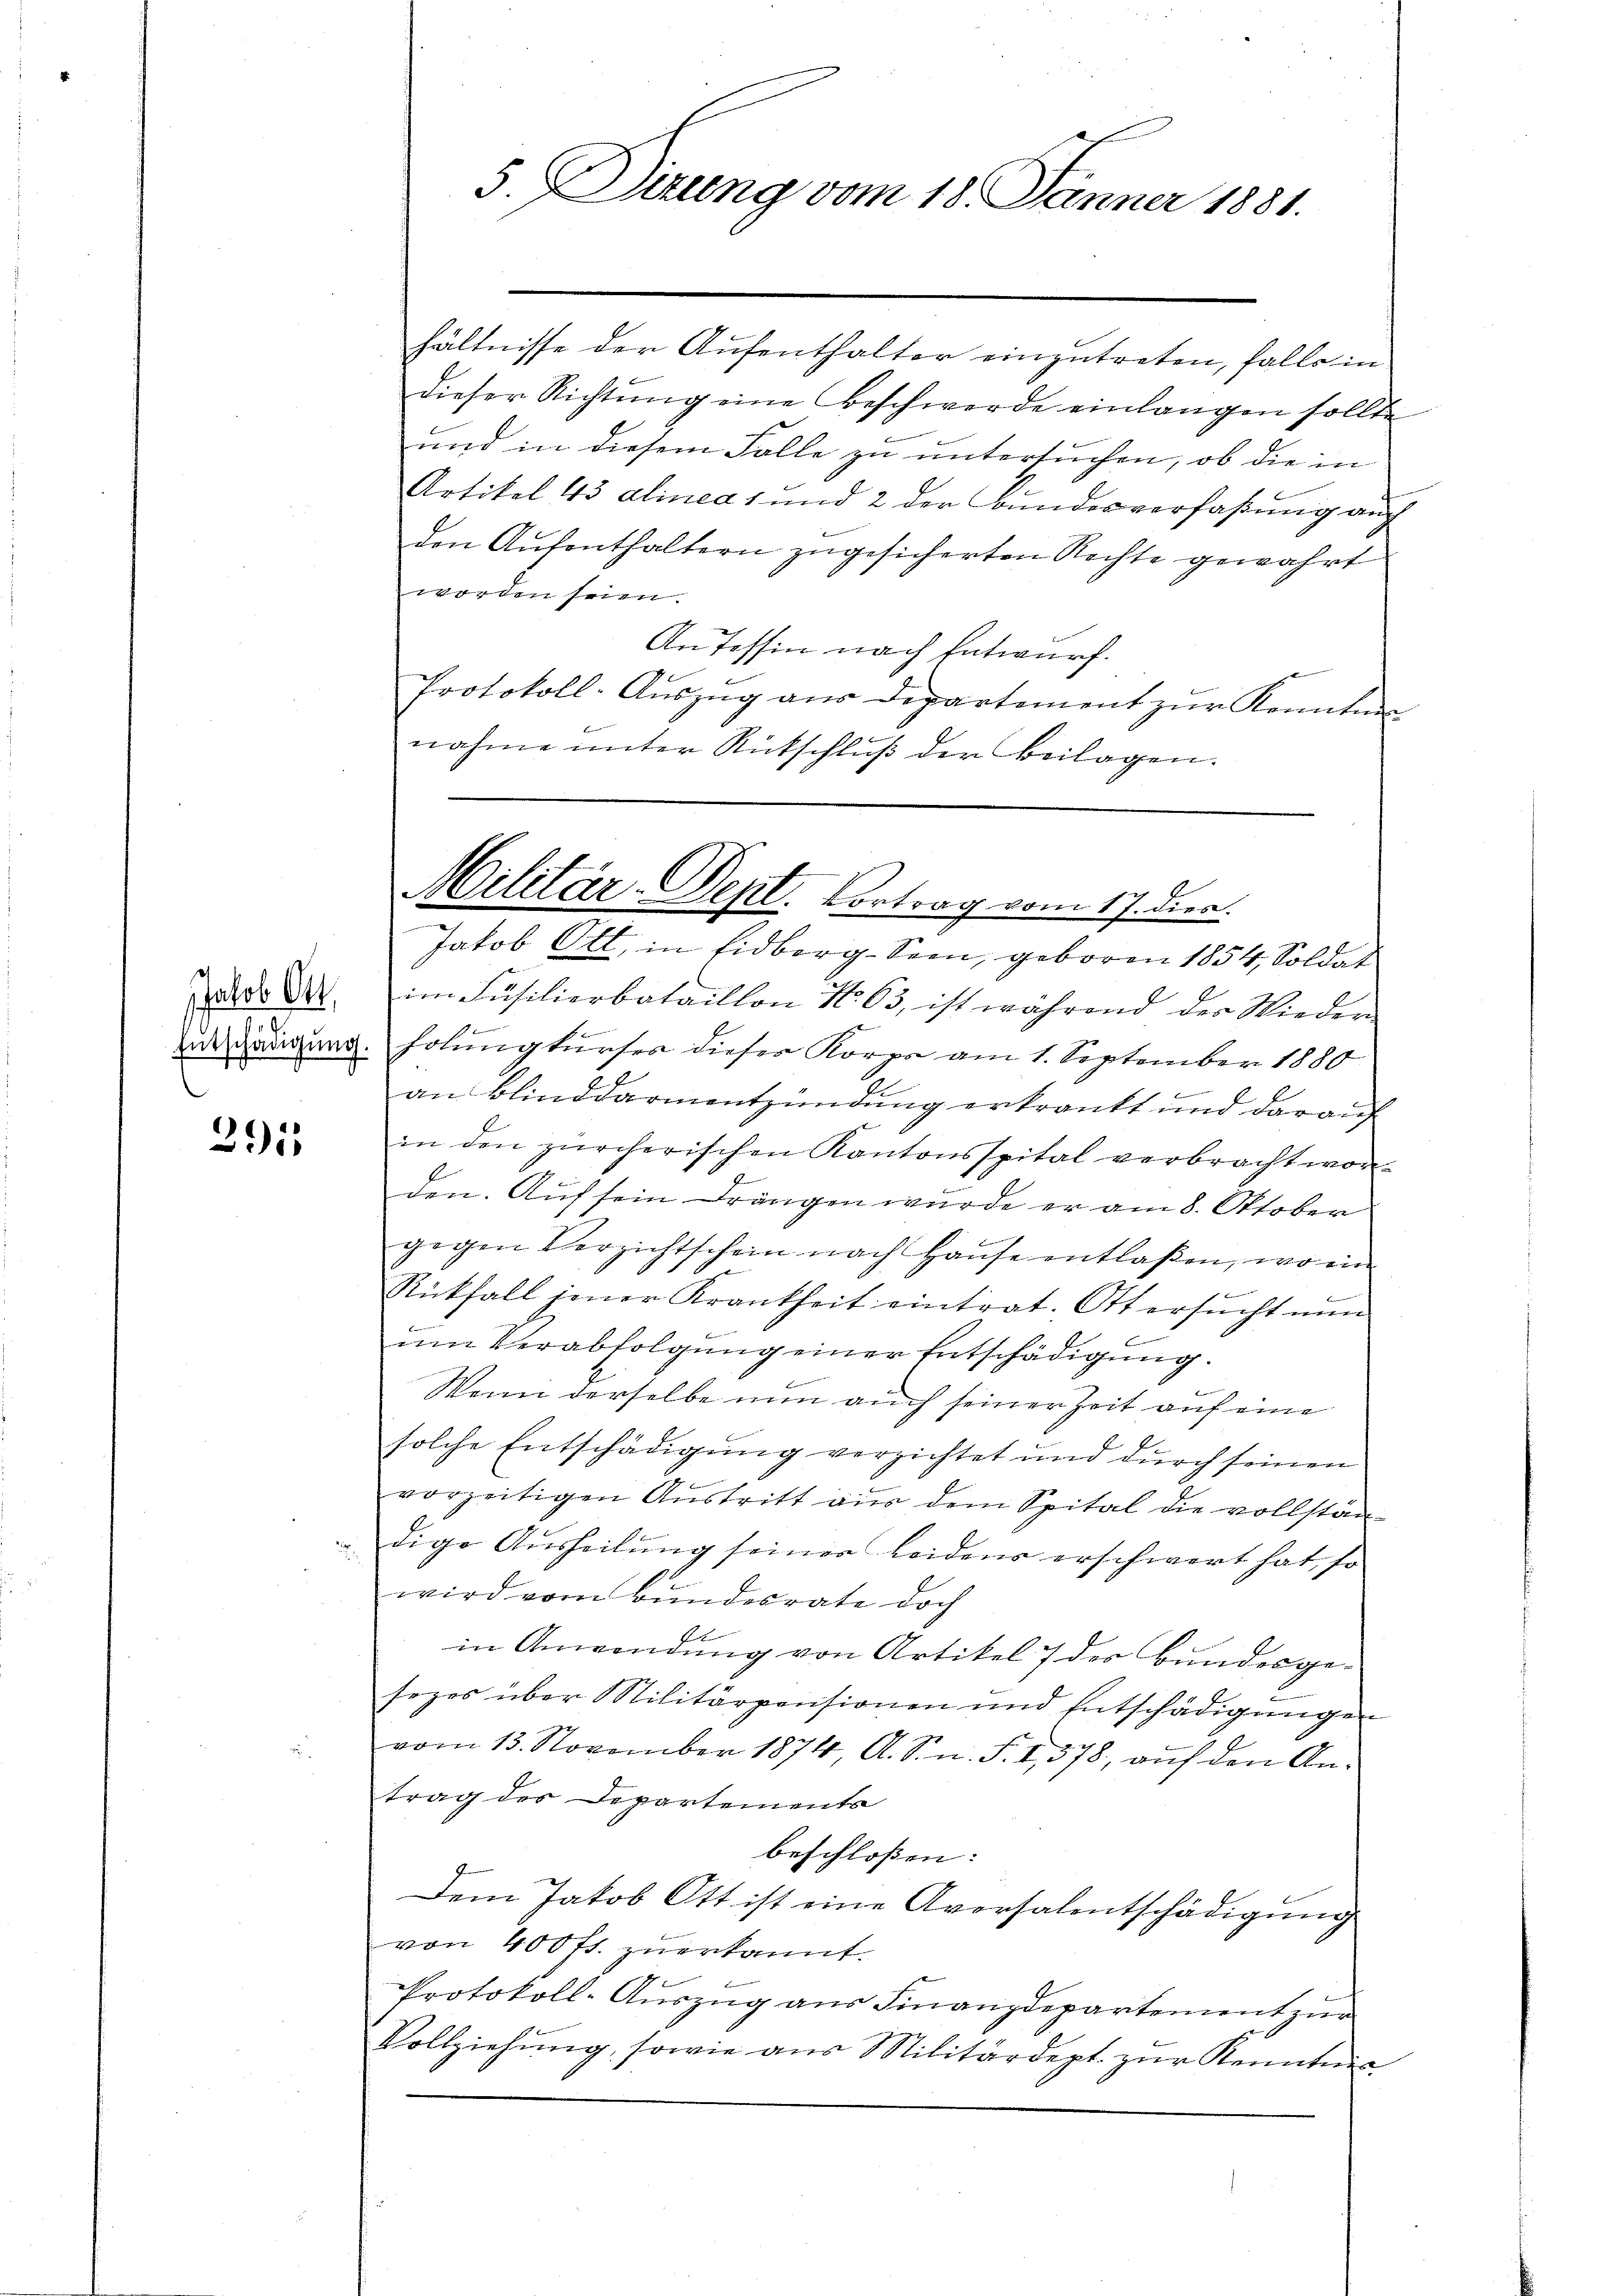
291

do 22. im Füsilierbataillon No 63, ist während der Wieder
uschädigung. Folungkurses dieser Korps am 1. September 1880
an Blinddarmentzündung erkrankt und darauf
in den zürcherischen Kantonsspital verbracht wor-
den. Auf sein Drängen wurde er am 8. Oktober
gegen Verzichtschein nach Hause entlaßen, wo ein
Rückfall jener Krankheit eintrat. Ott ersŭcht nun
um Verabfolgung einer Entschädigung.
b
Wenn derselbe nun auch seiner Zeit auf eine
solche Entschädigung verzichtet und durch seinen
n
vorzeitigen Austritt aus dem Spital die vollstän-
dige Aŭsheilŭng seiner Leidens erschwert hat, so
wird vom Bundesrate doch
E
in Anwendung von Artikel 7 des Bundesgesezes über Militärpensionen und Entschädigŭngen
vom 13. November 1874, A. Sn. F. I,378, auf den Antrag des Departements
beschloßen:
Dem Jakob Ott ist eine Aversalentschädigŭng
von 400 fl. zuerkannt.
Protokoll-Auszug aus Finanzdepartement zur
Vollziehŭng, sowie aus Militärdept. zŭr Kenntnis

5. Dizung vom 18. Jänner 1881.

hältnisse der Aufenthalter einzutreten, falls in
dieser Richtung eine Beschwerde einlangen sollte
und in diesem Falle zu untersuchen, ob die in
Artikel 43 alinea 1 und 2 der Bundesverfaßung auch
den Aŭfenthaltern zŭgesicherten Rechte gewahrt
worden seien.
An Tessin nach Entwurf.
Protokoll-Aŭszŭg aŭs Departement zŭr Kenntni
nahme unter Rückschluß der Beilagen.

h
Militär-Dept. Vortrag vom 17. dien.
Jakob Ott., in Eidberg- Seen, geboren 1854, Soldat